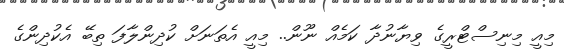
މިއީ މިނިސްޓްރީގެ ވިޔާނުދާ ކަމެއް ނޫން.. މިއީ އެތަނަށް ކުދިންލާފަ ތިބޭ އެކުދިންގެ